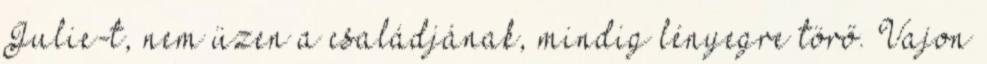
Julie-t, nem üzen a családjának, mindig lényegre törő. Vajon